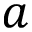
a